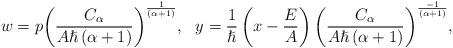
LaTeX: \begin{align*}w=p{\left(\frac{C_{\alpha{}}}{A\hslash{}\left(\alpha{}+1\right)}\right)}^{\frac{1}{(\alpha{}+1)}},~~y=\frac{1}{\hslash{}}\left(x-\frac{E}{A}\right){\left(\frac{C_{\alpha{}}}{A\hslash{}\left(\alpha{}+1\right)}\right)}^{\frac{-1}{(\alpha{}+1)}},\end{align*}